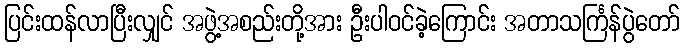
ပြင်းထန်လာပြီးလျှင် အဖွဲ့အစည်းတို့အား ဦးပါဝင်ခဲ့ကြောင်း အတာသင်္ကြန်ပွဲတော်